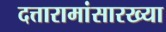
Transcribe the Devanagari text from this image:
दत्तारामांसारख्या